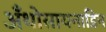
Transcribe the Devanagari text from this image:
अँथोसायनाडिन